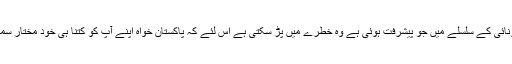
یہ خبر اس بات کی جانب واضح اشارہ تھی کہ خان صاحب کے دورے کے دوران ایران سے تونائی کے سلسلے میں جو پیشرفت ہوئی ہے وہ خطرے میں پڑ سکتی ہے اس لئے کہ پاکستان خواہ اپنے آپ کو کتنا ہی خود مختار سمجھنے کی کوشش کرے وہ امریکا سے فی الحال اپنی جان چھڑا نے میں کامیاب نہ ہو سکے گا۔